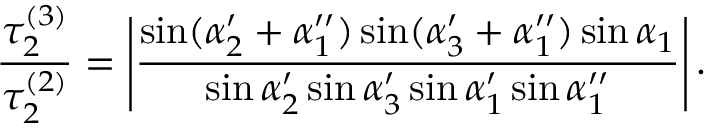
\frac { \tau _ { 2 } ^ { ( 3 ) } } { \tau _ { 2 } ^ { ( 2 ) } } = \left| \frac { \sin ( \alpha _ { 2 } ^ { \prime } + \alpha _ { 1 } ^ { \prime \prime } ) \sin ( \alpha _ { 3 } ^ { \prime } + \alpha _ { 1 } ^ { \prime \prime } ) \sin \alpha _ { 1 } } { \sin \alpha _ { 2 } ^ { \prime } \sin \alpha _ { 3 } ^ { \prime } \sin \alpha _ { 1 } ^ { \prime } \sin \alpha _ { 1 } ^ { \prime \prime } } \right| .